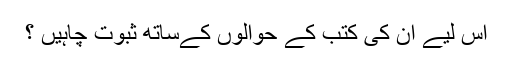
اس لیے ان کی کتب کے حوالوں کےساتھ ثبوت چاہیں ؟